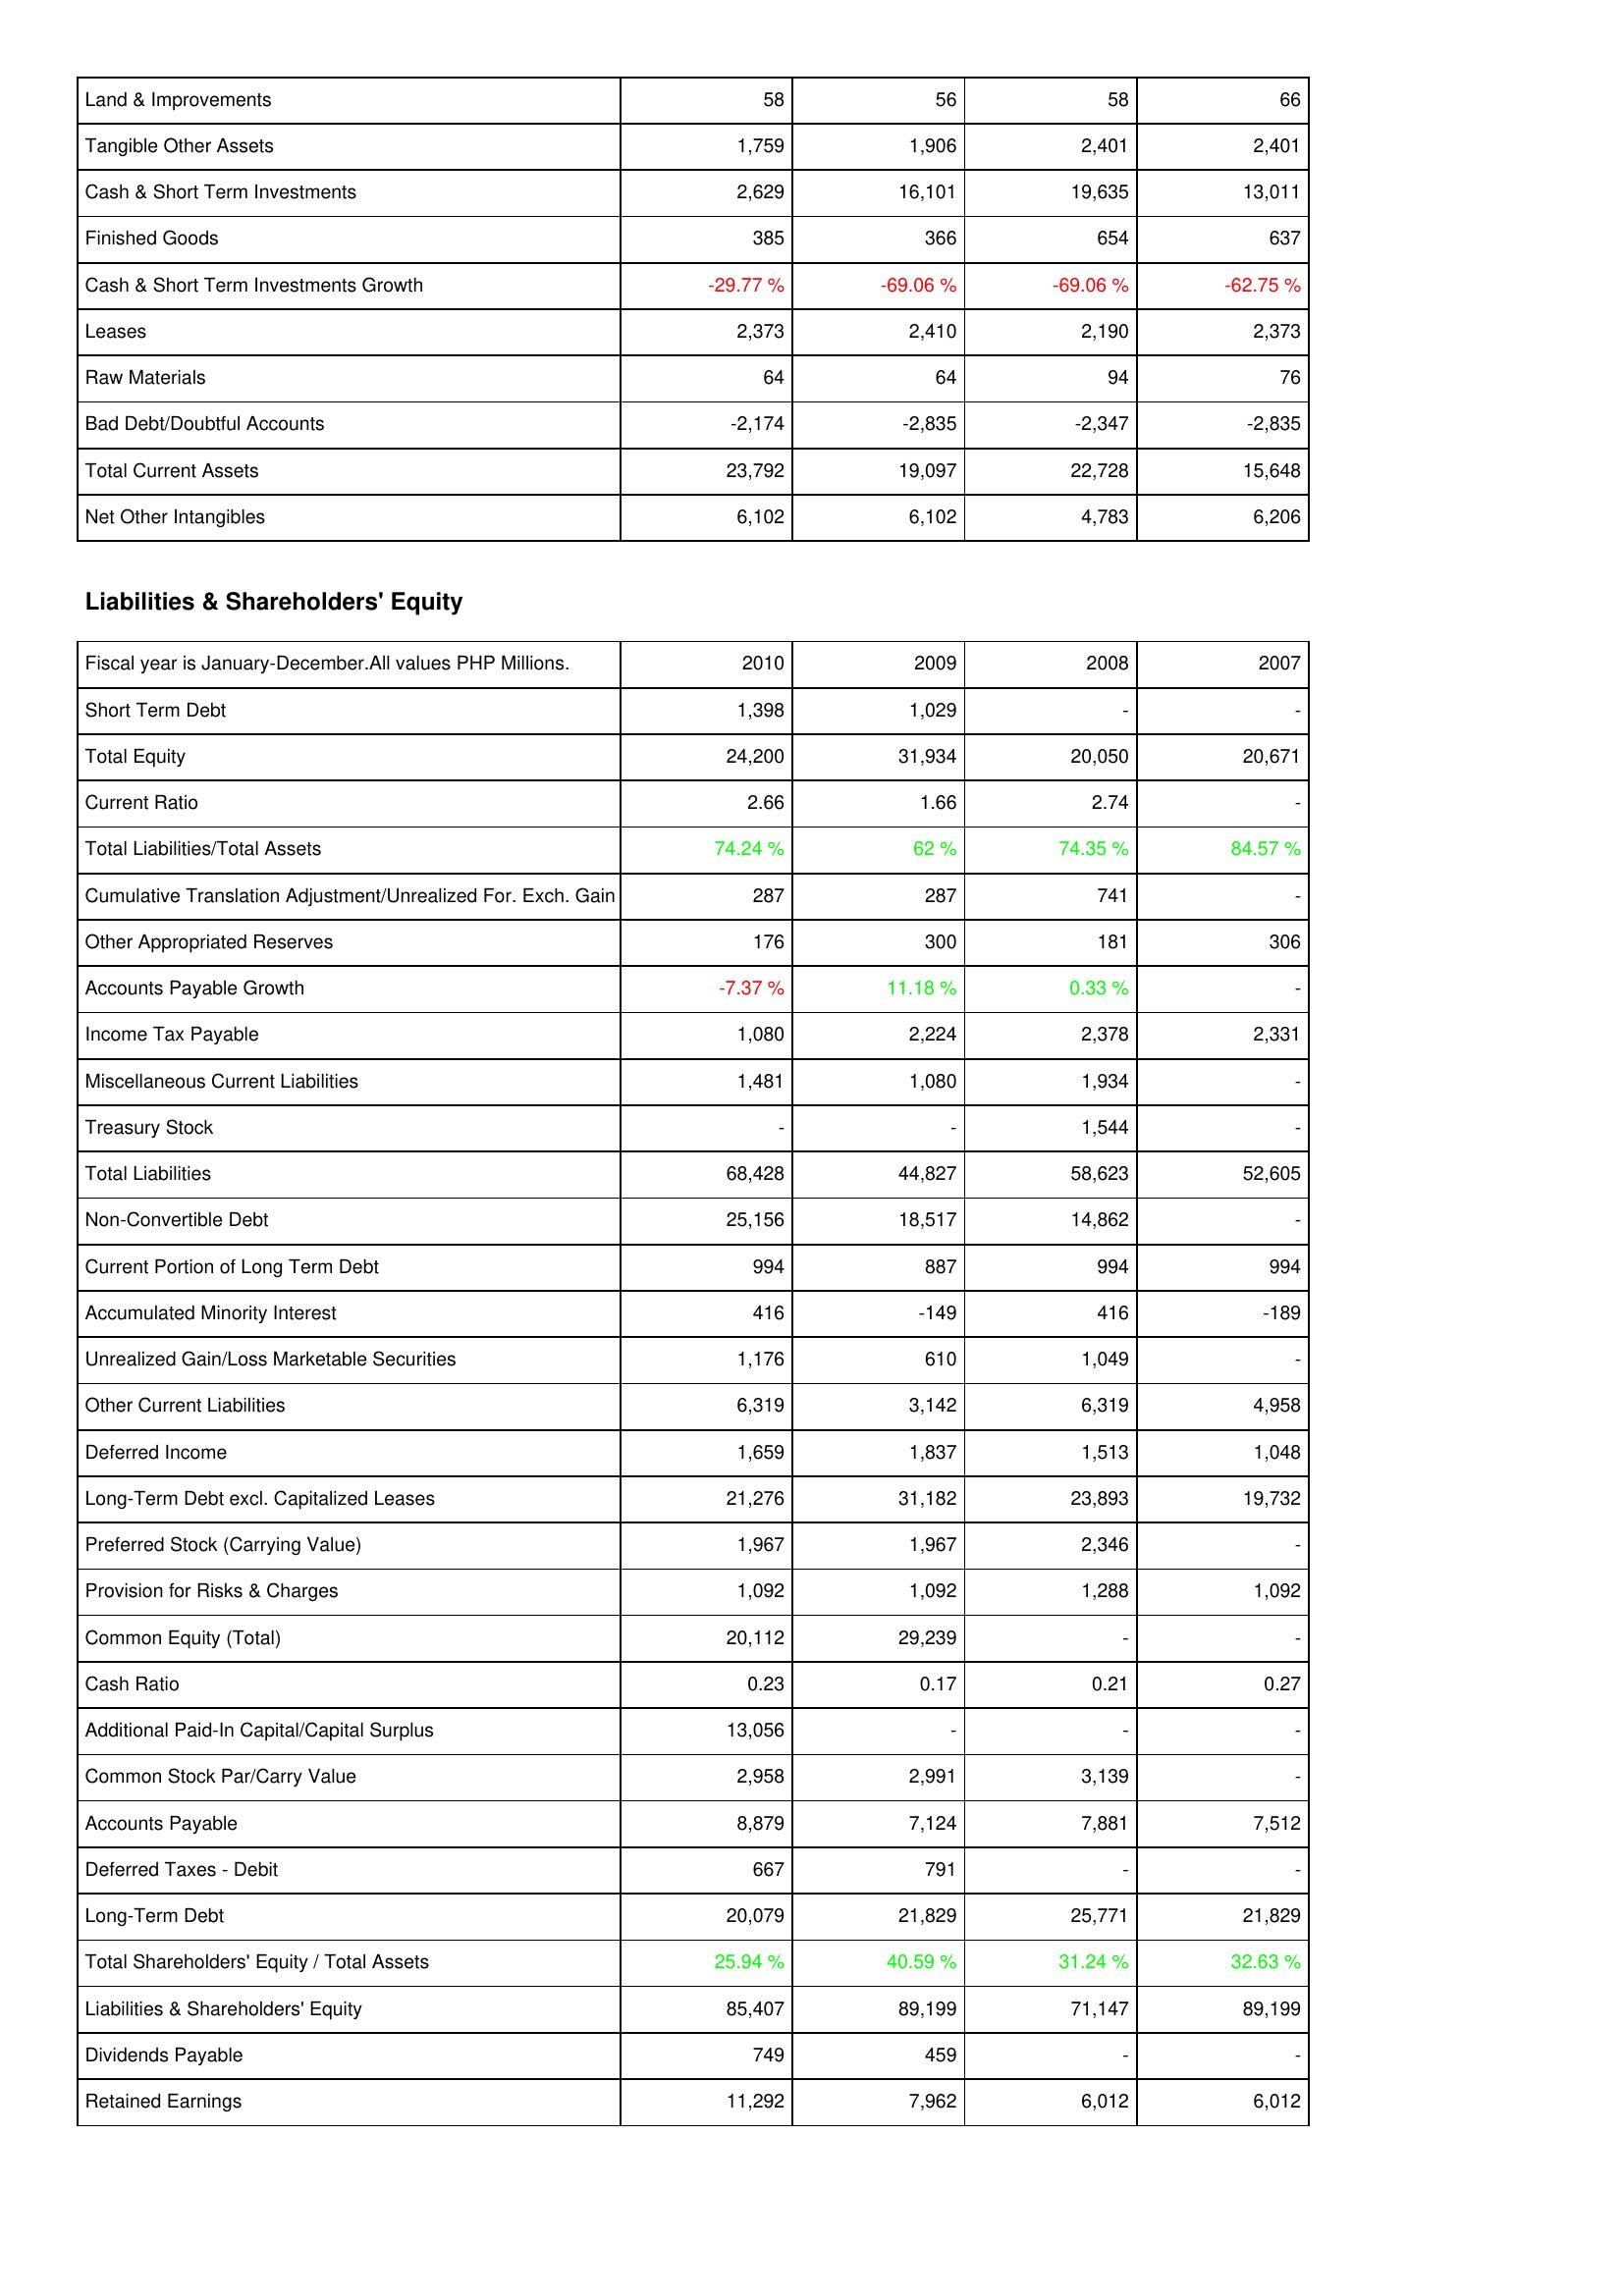
2010: Assets: Land & Improvements: 58
Tangible Other Assets: 1,759
Cash & Short Term Investments: 2,629
Finished Goods: 385
Cash & Short Term Investments Growth: -29.77 %
Leases: 2,373
Raw Materials: 64
Bad Debt/Doubtful Accounts: -2,174
Total Current Assets: 23,792
Net Other Intangibles: 6,102
Liabilities & Shareholders' Equity: Short Term Debt: 1,398
Total Equity: 24,200
Current Ratio: 2.66
Total Liabilities/Total Assets: 74.24 %
Cumulative Translation Adjustment/Unrealized For. Exch. Gain: 287
Other Appropriated Reserves: 176
Accounts Payable Growth: -7.37 %
Income Tax Payable: 1,080
Miscellaneous Current Liabilities: 1,481
Treasury Stock: -
Total Liabilities: 68,428
Non-Convertible Debt: 25,156
Current Portion of Long Term Debt: 994
Accumulated Minority Interest: 416
Unrealized Gain/Loss Marketable Securities: 1,176
Other Current Liabilities: 6,319
Deferred Income: 1,659
Long-Term Debt excl. Capitalized Leases: 21,276
Preferred Stock (Carrying Value): 1,967
Provision for Risks & Charges: 1,092
Common Equity (Total): 20,112
Cash Ratio: 0.23
Additional Paid-In Capital/Capital Surplus: 13,056
Common Stock Par/Carry Value: 2,958
Accounts Payable: 8,879
Deferred Taxes - Debit: 667
Long-Term Debt: 20,079
Total Shareholders' Equity / Total Assets: 25.94 %
Liabilities & Shareholders' Equity: 85,407
Dividends Payable: 749
Retained Earnings: 11,292
2009: Assets: Land & Improvements: 56
Tangible Other Assets: 1,906
Cash & Short Term Investments: 16,101
Finished Goods: 366
Cash & Short Term Investments Growth: -69.06 %
Leases: 2,410
Raw Materials: 64
Bad Debt/Doubtful Accounts: -2,835
Total Current Assets: 19,097
Net Other Intangibles: 6,102
Liabilities & Shareholders' Equity: Short Term Debt: 1,029
Total Equity: 31,934
Current Ratio: 1.66
Total Liabilities/Total Assets: 62 %
Cumulative Translation Adjustment/Unrealized For. Exch. Gain: 287
Other Appropriated Reserves: 300
Accounts Payable Growth: 11.18 %
Income Tax Payable: 2,224
Miscellaneous Current Liabilities: 1,080
Treasury Stock: -
Total Liabilities: 44,827
Non-Convertible Debt: 18,517
Current Portion of Long Term Debt: 887
Accumulated Minority Interest: -149
Unrealized Gain/Loss Marketable Securities: 610
Other Current Liabilities: 3,142
Deferred Income: 1,837
Long-Term Debt excl. Capitalized Leases: 31,182
Preferred Stock (Carrying Value): 1,967
Provision for Risks & Charges: 1,092
Common Equity (Total): 29,239
Cash Ratio: 0.17
Additional Paid-In Capital/Capital Surplus: -
Common Stock Par/Carry Value: 2,991
Accounts Payable: 7,124
Deferred Taxes - Debit: 791
Long-Term Debt: 21,829
Total Shareholders' Equity / Total Assets: 40.59 %
Liabilities & Shareholders' Equity: 89,199
Dividends Payable: 459
Retained Earnings: 7,962
2008: Assets: Land & Improvements: 58
Tangible Other Assets: 2,401
Cash & Short Term Investments: 19,635
Finished Goods: 654
Cash & Short Term Investments Growth: -69.06 %
Leases: 2,190
Raw Materials: 94
Bad Debt/Doubtful Accounts: -2,347
Total Current Assets: 22,728
Net Other Intangibles: 4,783
Liabilities & Shareholders' Equity: Short Term Debt: -
Total Equity: 20,050
Current Ratio: 2.74
Total Liabilities/Total Assets: 74.35 %
Cumulative Translation Adjustment/Unrealized For. Exch. Gain: 741
Other Appropriated Reserves: 181
Accounts Payable Growth: 0.33 %
Income Tax Payable: 2,378
Miscellaneous Current Liabilities: 1,934
Treasury Stock: 1,544
Total Liabilities: 58,623
Non-Convertible Debt: 14,862
Current Portion of Long Term Debt: 994
Accumulated Minority Interest: 416
Unrealized Gain/Loss Marketable Securities: 1,049
Other Current Liabilities: 6,319
Deferred Income: 1,513
Long-Term Debt excl. Capitalized Leases: 23,893
Preferred Stock (Carrying Value): 2,346
Provision for Risks & Charges: 1,288
Common Equity (Total): -
Cash Ratio: 0.21
Additional Paid-In Capital/Capital Surplus: -
Common Stock Par/Carry Value: 3,139
Accounts Payable: 7,881
Deferred Taxes - Debit: -
Long-Term Debt: 25,771
Total Shareholders' Equity / Total Assets: 31.24 %
Liabilities & Shareholders' Equity: 71,147
Dividends Payable: -
Retained Earnings: 6,012
2007: Assets: Land & Improvements: 66
Tangible Other Assets: 2,401
Cash & Short Term Investments: 13,011
Finished Goods: 637
Cash & Short Term Investments Growth: -62.75 %
Leases: 2,373
Raw Materials: 76
Bad Debt/Doubtful Accounts: -2,835
Total Current Assets: 15,648
Net Other Intangibles: 6,206
Liabilities & Shareholders' Equity: Short Term Debt: -
Total Equity: 20,671
Current Ratio: -
Total Liabilities/Total Assets: 84.57 %
Cumulative Translation Adjustment/Unrealized For. Exch. Gain: -
Other Appropriated Reserves: 306
Accounts Payable Growth: -
Income Tax Payable: 2,331
Miscellaneous Current Liabilities: -
Treasury Stock: -
Total Liabilities: 52,605
Non-Convertible Debt: -
Current Portion of Long Term Debt: 994
Accumulated Minority Interest: -189
Unrealized Gain/Loss Marketable Securities: -
Other Current Liabilities: 4,958
Deferred Income: 1,048
Long-Term Debt excl. Capitalized Leases: 19,732
Preferred Stock (Carrying Value): -
Provision for Risks & Charges: 1,092
Common Equity (Total): -
Cash Ratio: 0.27
Additional Paid-In Capital/Capital Surplus: -
Common Stock Par/Carry Value: -
Accounts Payable: 7,512
Deferred Taxes - Debit: -
Long-Term Debt: 21,829
Total Shareholders' Equity / Total Assets: 32.63 %
Liabilities & Shareholders' Equity: 89,199
Dividends Payable: -
Retained Earnings: 6,012